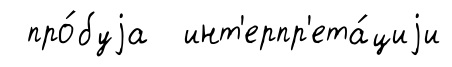
про́буjа инт'ерпр'ета́циjи